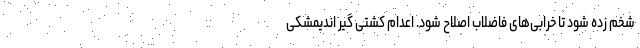
شخم زده شود تا خرابی‌های فاضلاب اصلاح شود. اعدام کشتی گیر اندیمشکی